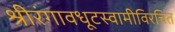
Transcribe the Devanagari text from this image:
श्रीरंगावधूटस्वामीविरचित